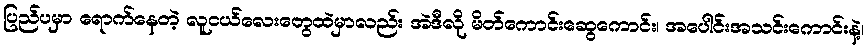
ပြည်ပမှာ ရောက်နေတဲ့ လူငယ်လေးတွေထဲမှာလည်း အဲဒီလို မိတ်ကောင်းဆွေကောင်း၊ အပေါင်းအသင်းကောင်းနဲ့၊